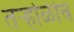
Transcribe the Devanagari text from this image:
तऱ्होळीचं